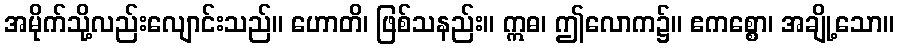
အမိုက်သို့လည်းလျောင်းသည်။ ဟောတိ၊ ဖြစ်သနည်း။ ဣဓ၊ ဤလောက၌။ ဧကစ္စော၊ အချို့သော။